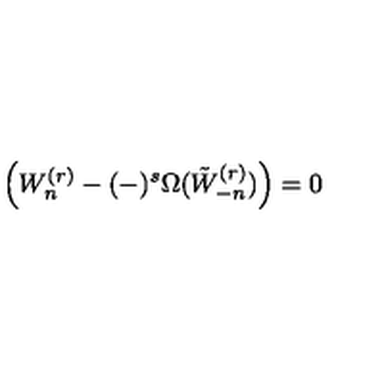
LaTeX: \left( W _ { n } ^ { ( r ) } - ( - ) ^ { s } \Omega ( \tilde { W } _ { - n } ^ { ( r ) } ) \right) = 0